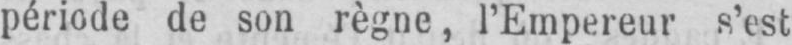
période de son règne, l’Empereur s’est